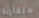
متقاربة